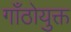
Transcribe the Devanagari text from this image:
गाँठोयुक्त